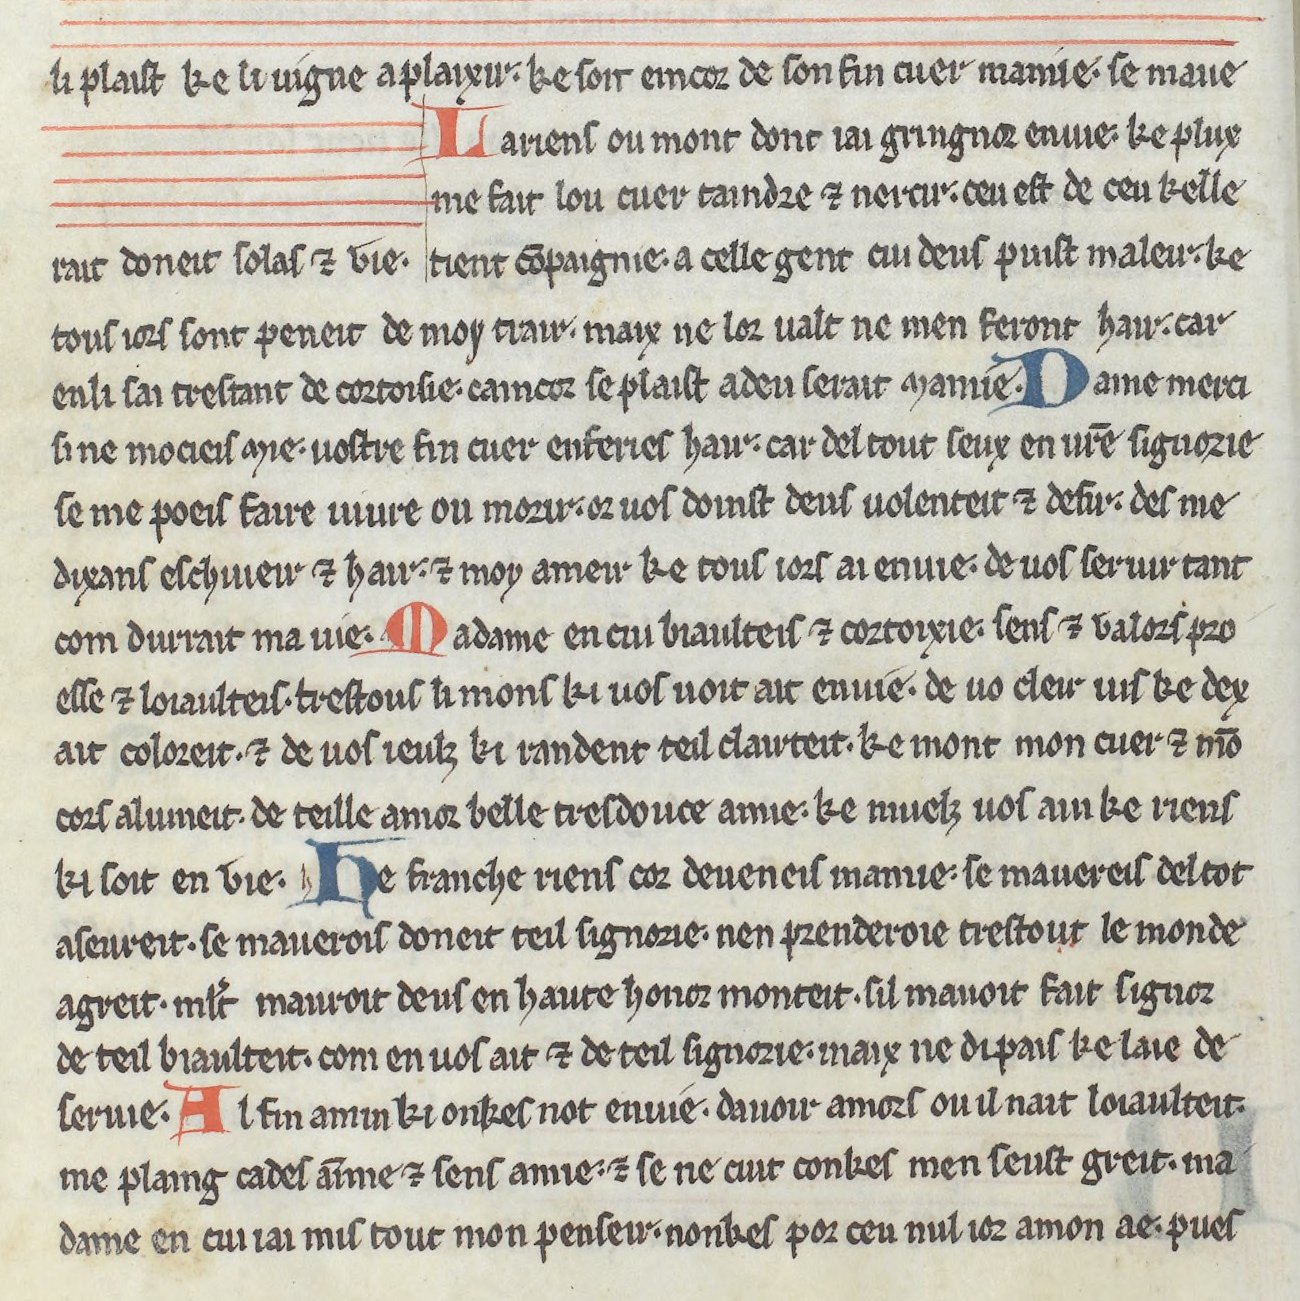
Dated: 1275–1299